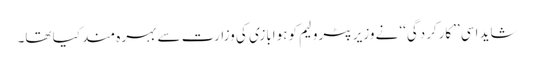
شاید اسی ’’کارکردگی‘‘ نے وزیر ِپٹرولیم کو ہوابازی کی وزارت سے بہرہ مند کیا تھا۔